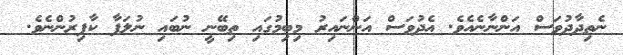
ނެތިދާދުވަސް އަންނާނެއެެވެ. އެދުވަސް އަންނައިރު މިބިމުގައި ތިބޭނީ ނުބައި ނުލަފާ ކާފިރުންނެވެ.